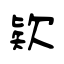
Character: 欵